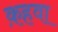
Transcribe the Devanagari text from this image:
क़हवा